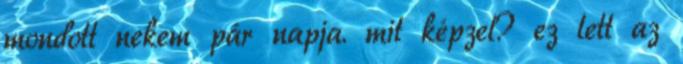
mondott nekem pár napja. mit képzel? ez lett az